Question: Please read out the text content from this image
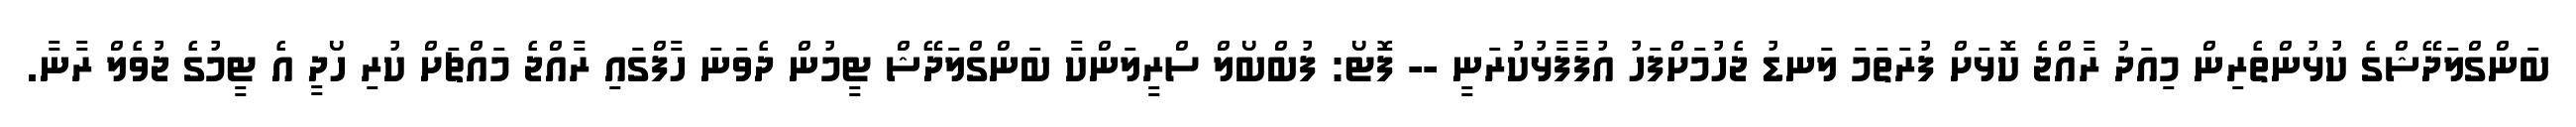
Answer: ބަންގްލަދޭޝްގެ ކުޅުންތެރިން މިއަދު ރާއްޖެ ކޮޅަށް ފުރަތަމަ ލަނޑު ޖެހުމަށްފަހު އުފާފާޅުކުރަނީ -- ފޮޓޯ: ފުބްބޯލް ސްރީލަންކާ ބަންގްލަދޭޝް ޓީމުން ދެވަނަ ހާފްގައި ރާއްޖެ މައްޗަށް ކުރި ހޯދީ އެ ޓީމުގެ ޖުވެލް ރާނާ.